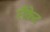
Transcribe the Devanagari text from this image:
राँकेट